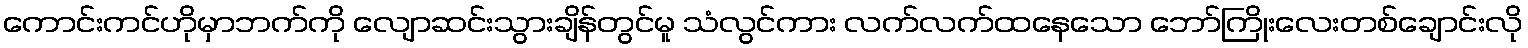
ကောင်းကင်ဟိုမှာဘက်ကို လျောဆင်းသွားချိန်တွင်မူ သံလွင်ကား လက်လက်ထနေသော ဘော်ကြိုးလေးတစ်ချောင်းလို